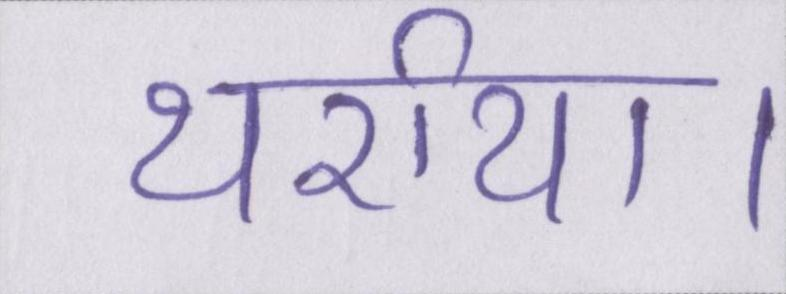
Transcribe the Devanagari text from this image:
थर्राया।